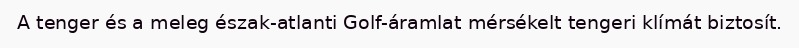
A tenger és a meleg észak-atlanti Golf-áramlat mérsékelt tengeri klímát biztosít.